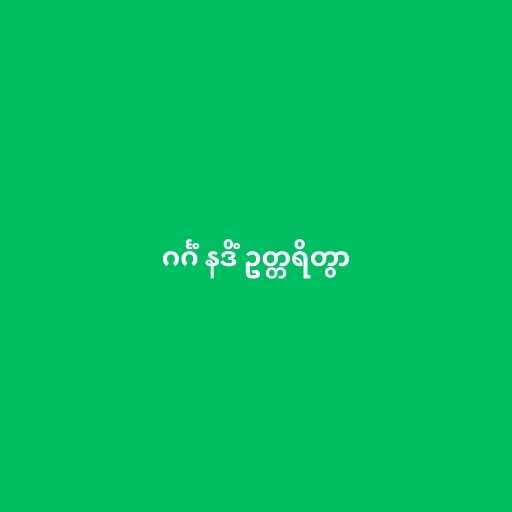
ဂင်္ဂံ နဒိံ ဥတ္တရိတွာ